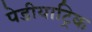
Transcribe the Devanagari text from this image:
पेडीयाट्रिक